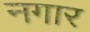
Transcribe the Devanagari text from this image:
नगार